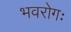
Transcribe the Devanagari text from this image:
भवरोगः